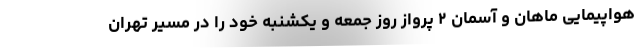
هواپیمایی ماهان و آسمان ۲ پرواز روز جمعه و یکشنبه خود را در مسیر تهران